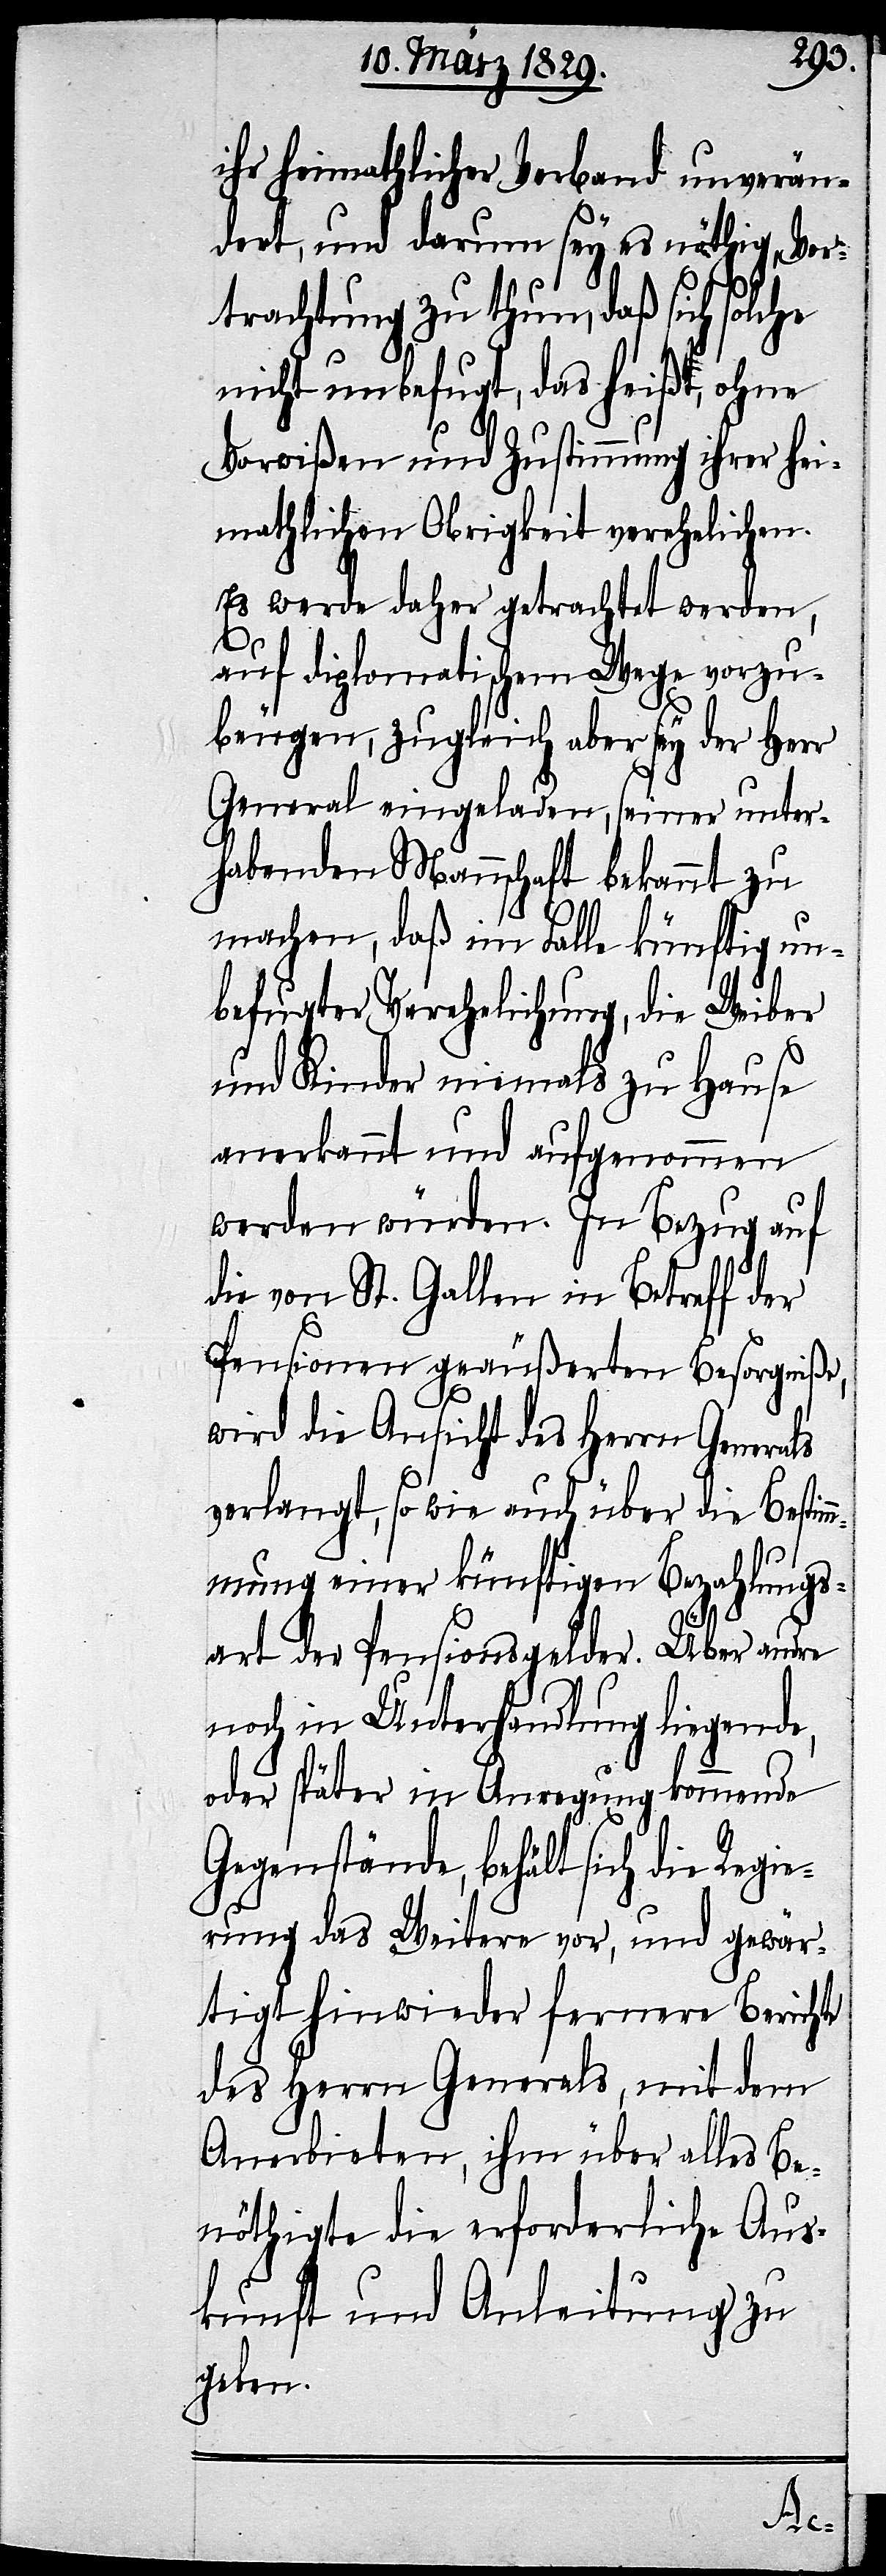
ihr heimathlicher Verband unverän¬
dert, und darum sey es nöthig, Vor¬
trachtung zu thun, daß sich solche
nicht unbefugt, das heißt, ohne
Vorwißen und Zustimmung ihrer hei¬
mathlichen Obrigkeit verehelichen.
Es werde daher getrachtet werden,
auf diplomatischem Wege vorzu¬
beugen, zugleich aber sey der Herrn
General eingeladen, seiner unter¬
habenden Mannschaft bekannt zu
machen, daß im Falle künftig un¬
befugter Verehelichung, die Weiber
und Kinder niemals zu Hause
anerkannt und aufgenommen
werden würden. In Bezug auf
die von St. Gallen in Betreff der
Pensionen geäußerten Besorgniße
wird die Ansicht des Herrn Generals
verlangt, so wie auch über die Bestim¬
mungen einer künftigen Bezahlungs¬
art der Pensionsgelder. Über andre
noch in Unterhandlung liegende,
oder später in Anregung kommende
Gegenstände, behält sich die Regi¬
erung das Weitere vor, und gewär¬
tigt hinwieder fernere Berichte
des Herrn Generals, mit dem
Anerbieten, ihm über alles Be¬
nöthigte die erforderliche Aus¬
kunft und Anleitung zu
geben.